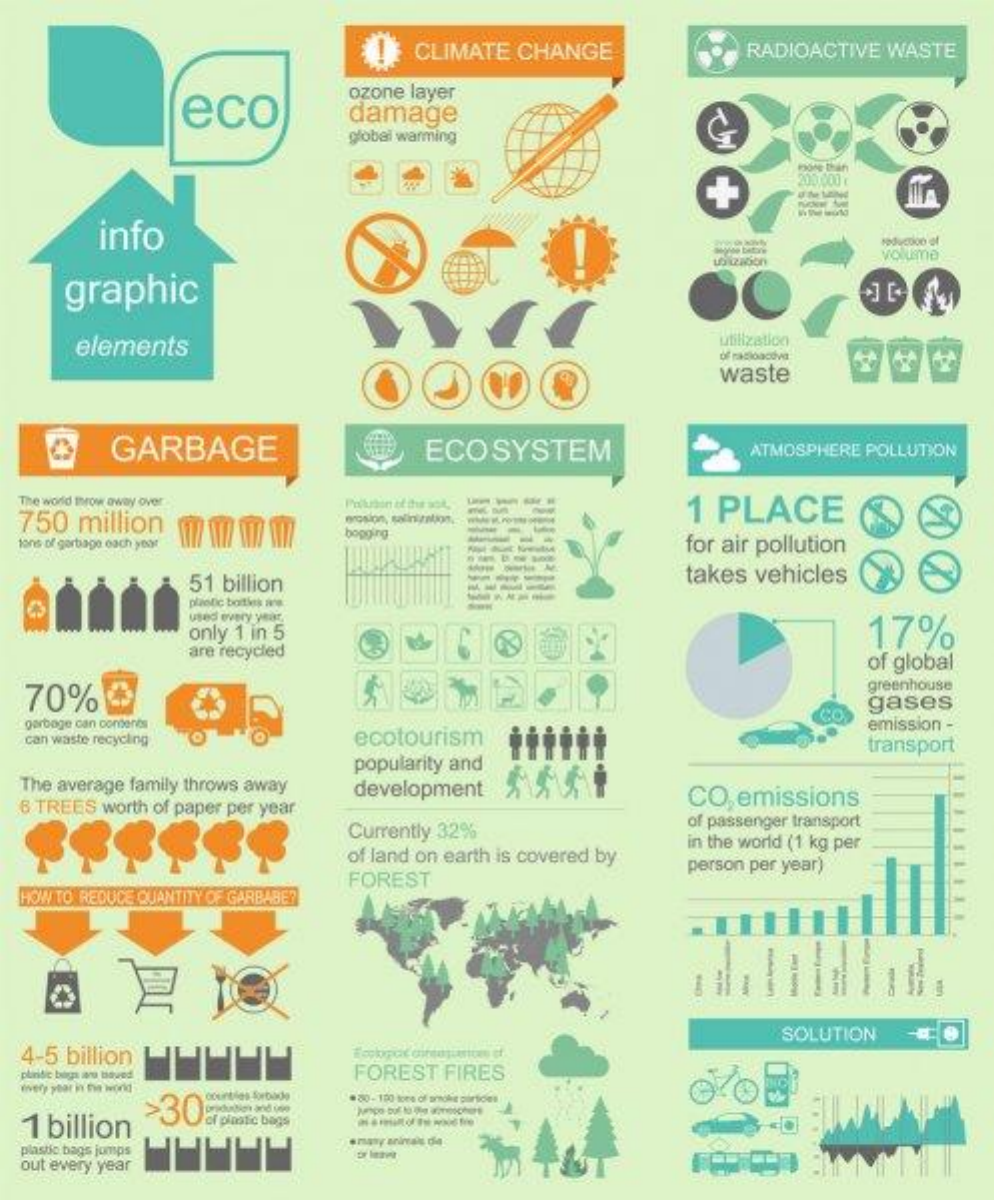
CLIMATE    CHANGE    RADIOACTIVE    WASTE
     eco
     ozone    layer
     damage
     global warming
     POME than
     200.000
     info
     volume
     graphic
     elements    utilization
     of rasloacdva
     waste
     GARBAGE    ECOSYSTEM    ATMOSPHERE    POLLUTION
   The word throw away over
   750    million
     ----    1   PLACE
     erosion, salinization,
   tons of garbage each year
     bopging
     for  air  pollution
     -----
     51  billion
     ---
     takes    vehicles
     plastic boithis is
     used every year.
     only   1 in 5    17%
     are recycled
     70%
     of global
     greenhouse
     gases
    garbage can conderes
    can waste recycling    ecotourism
     emission   -
     transport
   The  average    family  throws   away
     popularity    and
   6 TREES    worth   of paper  per  year
     development    CO    emissions
     Currently    32%    of passenger   transport
     of land   on  earth   is covered    by
     in the world   (1 kg per
     person   per  year)
   HOW  TO  REDUCE  QUANTITY  OF GARBABE?
     FOREST
   4-5    billion
     SOLUTION
   plindic bigpa aro baved    FOREST    FIRES
   every year in nie world
     counties forbade    . 30- 100 tore of amolit particles
    1  billion    of pinatic bags
   plastic bags jomps
   out  every year